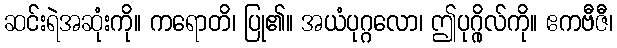
ဆင်းရဲအဆုံးကို။ ကရောတိ၊ ပြု၏။ အယံပုဂ္ဂလော၊ ဤပုဂ္ဂိုလ်ကို။ ဧကဗီဇီ၊